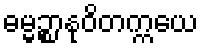
ဓမ္မဉ္စာနုဝိတက္ကယေ